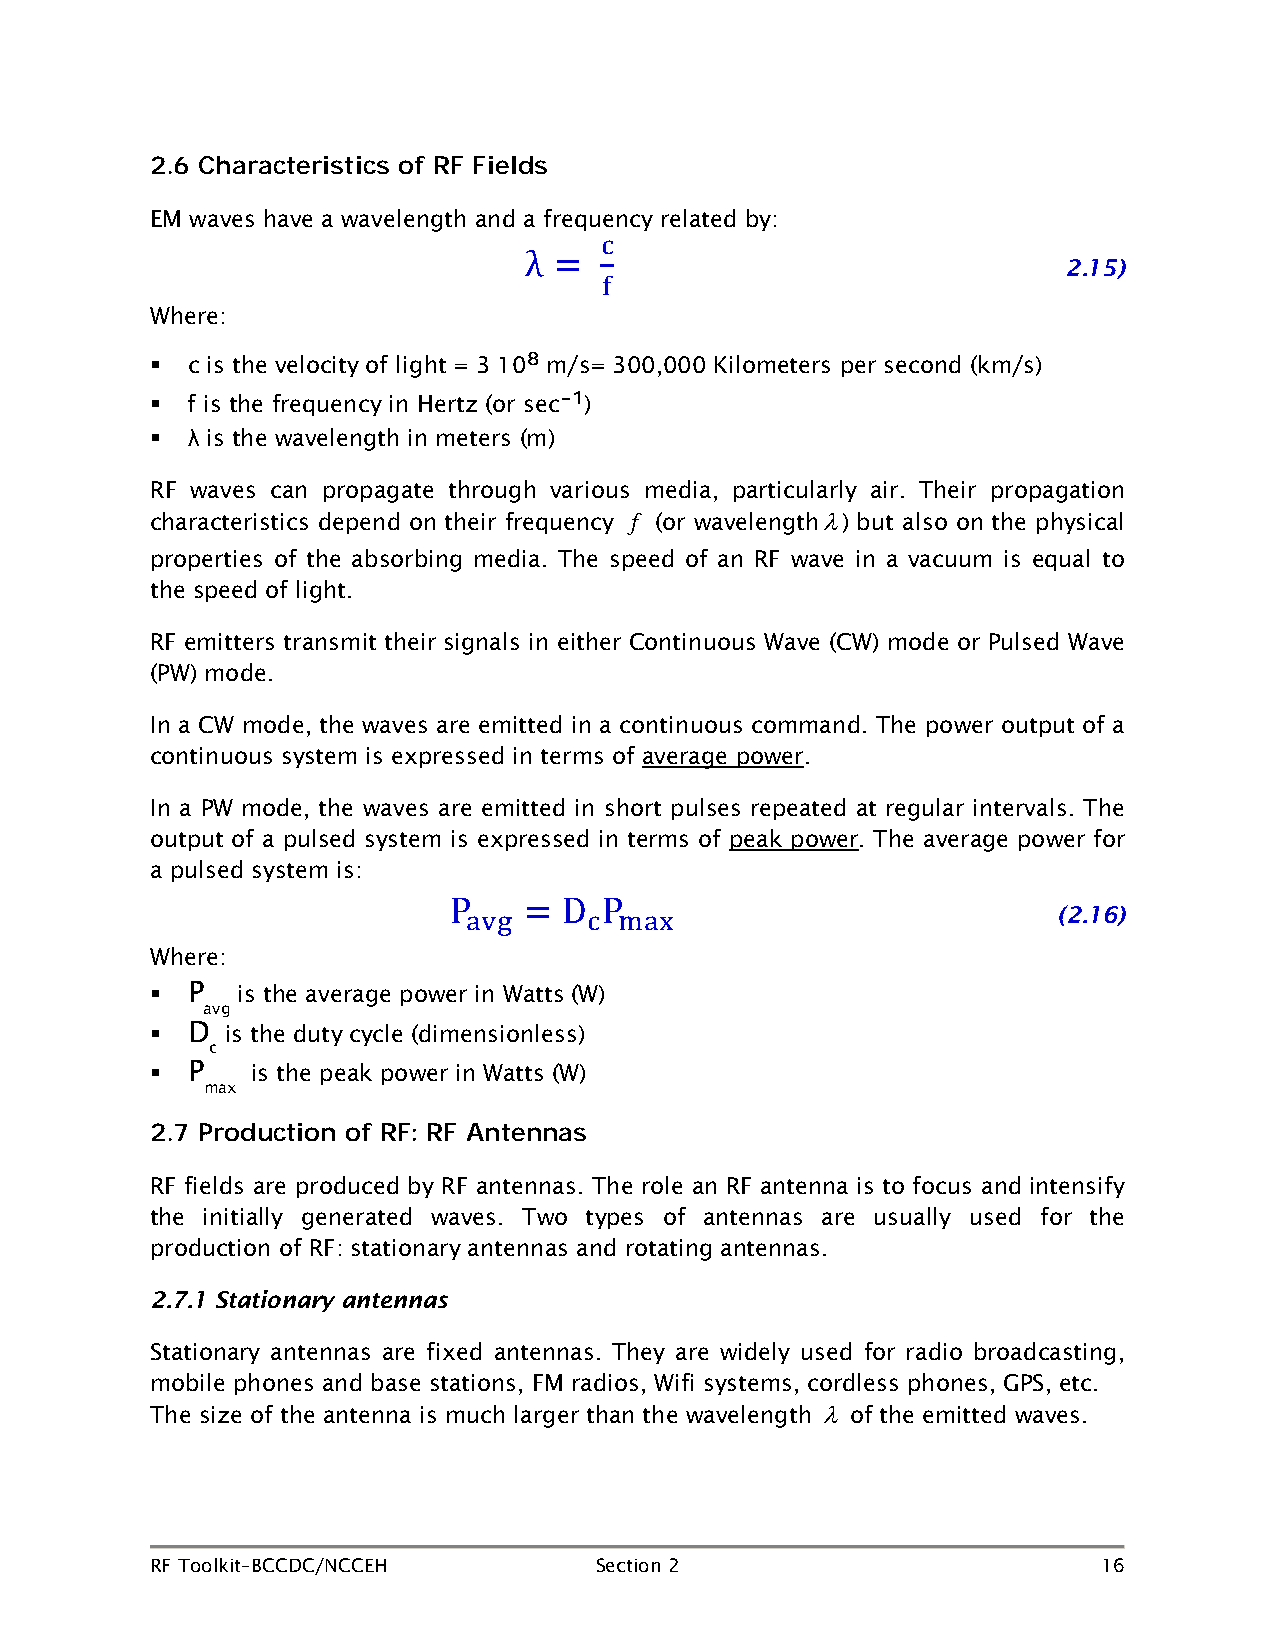
2.6 Characteristics of RF Fields
 EM waves have a wavelength and a frequency related by:
 2.15)
 c
 Where:
 λ =  f
  c is the velocity of light = 3 108 m/s= 300,000 Kilometers per second (km/s)
  f is the frequency in Hertz (or sec-1)
  λ is the wavelength in meters (m)
 RF waves can propagate through various media, particularly air. Their propagation
 characteristics depend on their frequency f (or wavelengthλ) but also on the physical
 properties of the absorbing media. The speed of an RF wave in a vacuum is equal to
 the speed of light.
 RF emitters transmit their signals in either Continuous Wave (CW) mode or Pulsed Wave
 (PW) mode.
 In a CW mode, the waves are emitted in a continuous command. The power output of a
 continuous system is expressed in terms of average power.
 In a PW mode, the waves are emitted in short pulses repeated at regular intervals. The
 output of a pulsed system is expressed in terms of peak power. The average power for
 a pulsed system is:
 (2.16)
 Where:
 avg     c max
  P   is the average poweP r in Wa= ttsD (W)P
 avg
  D  is the duty cycle (dimensionless)
 c
  P    is the peak power in Watts (W)
 max
 2.7 Production of RF: RF Antennas
 RF fields are produced by RF antennas. The role an RF antenna is to focus and intensify
 the initially generated waves. Two types of antennas are usually used for the
 production of RF: stationary antennas and rotating antennas.
 2.7.1 Stationary antennas
 Stationary antennas are fixed antennas. They are widely used for radio broadcasting,
 mobile phones and base stations, FM radios, Wifi systems, cordless phones, GPS, etc.
 The size of the antenna is much larger than the wavelength λ of the emitted waves.
 RF Toolkit–BCCDC/NCCEH       Section 2                         16